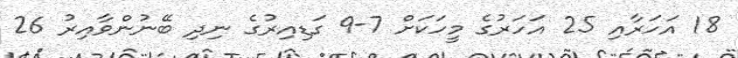
18 އަހަރާއި 25 އަހަރުގެ މީހަކަށް 7-9 ގަޑިއިރުގެ ނިދި ބޭނުންވާއިރު 26